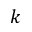
k